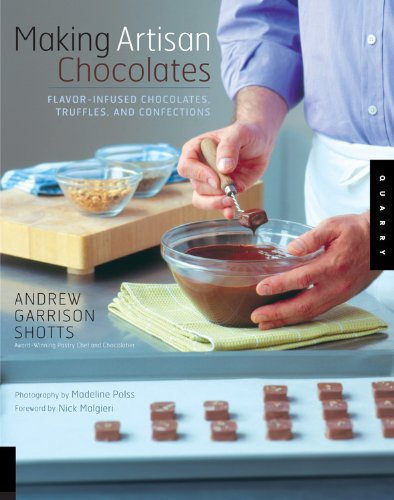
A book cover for Making Artisan Chocolates; Andrew Garrison Shotts; Cookbooks, Food & Wine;